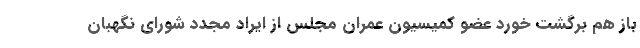
باز هم برگشت خورد عضو کمیسیون عمران مجلس از ایراد مجدد شورای نگهبان